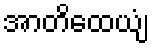
အာတိထေယျံ